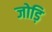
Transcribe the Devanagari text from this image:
जोड़ि